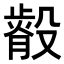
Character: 𭮿